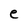
Character: e